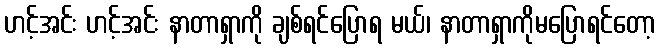
ဟင့်အင်း ဟင့်အင်း နာတာရှာကို ချစ်ရင်ပြောရ မယ်၊ နာတာရှာကိုမပြောရင်တော့